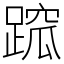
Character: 䠚